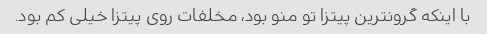
با اینکه گرونترین پیتزا تو منو بود، مخلفات روی پیتزا خیلی کم بود.